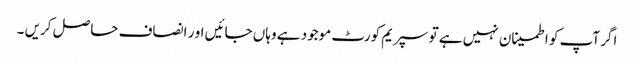
اگر آپ کو اطمینان نہیں ہے تو سپریم کورٹ موجود ہے وہاں جائیں او ر انصاف حاصل کریں ۔